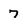
Character: 7